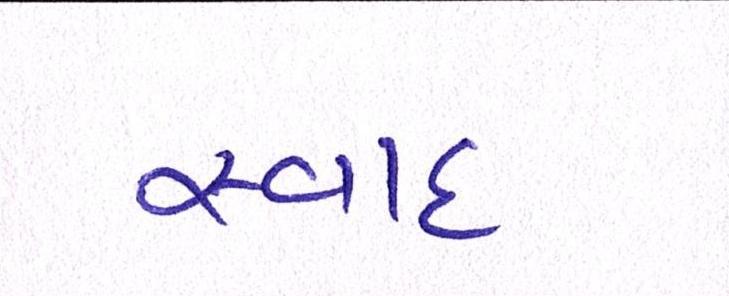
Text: સ્વાદ